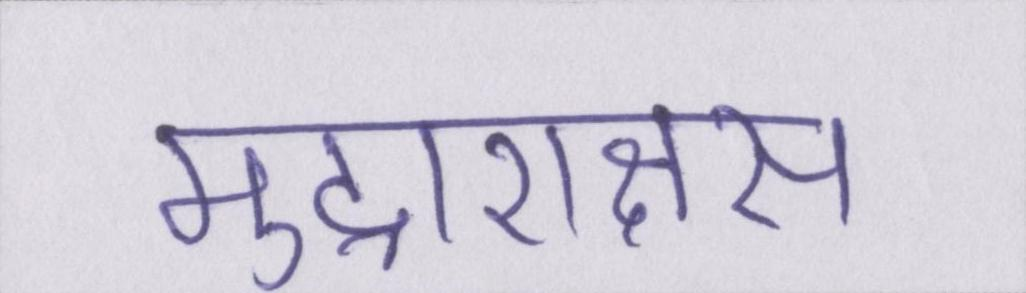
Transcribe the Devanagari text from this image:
मुद्राराक्षस